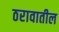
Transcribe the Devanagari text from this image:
ठरावातील